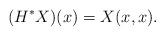
LaTeX: \begin{align*}(H^*X)(x)=X(x,x).\end{align*}